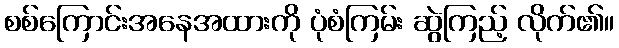
စစ်ကြောင်းအနေအထားကို ပုံစံကြမ်း ဆွဲကြည့် လိုက်၏။